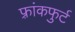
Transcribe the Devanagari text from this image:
फ़्रांकफुर्ट